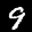
Label: 9